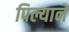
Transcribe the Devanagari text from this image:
पिल्याने